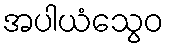
အပါယံသွေဝ